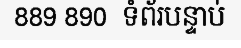
889 890  ទំព័របន្ទាប់